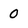
Character: 0